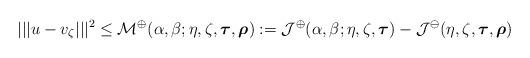
LaTeX: \begin{align*} |||u-v_\zeta|||^2 \leq \mathcal{M}^\oplus(\alpha,\beta;\eta,\zeta,\boldsymbol{\tau},\boldsymbol{\rho}) := \mathcal{J}^\oplus(\alpha,\beta;\eta,\zeta,\boldsymbol{\tau}) - \mathcal{J}^\ominus(\eta,\zeta,\boldsymbol{\tau},\boldsymbol{\rho})\end{align*}